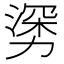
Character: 𰜯